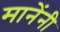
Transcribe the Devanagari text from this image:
मानेंनी